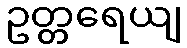
ဥတ္တရေယျ